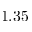
1 . 3 5